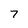
Character: 7